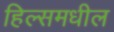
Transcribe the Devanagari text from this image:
हिल्समधील